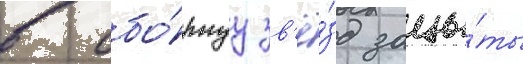
в сбо́рнуу зв'ё́зд защи́ты